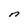
Character: n